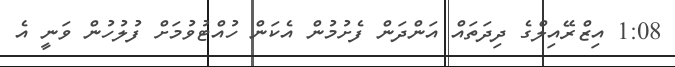
1:08 އިޒްރޭއިލްގެ ދިދަތައް އަންދަން ފެށުމުން އެކަން ހުއްޓުވުމަށް ފުލުހުން ވަނީ އެ